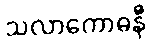
သလာကောဓနီ